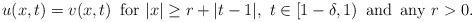
\begin{align*}u(x,t)=v(x,t)\,\,\,{\rm for}\,\, |x|\ge r+|t-1|, \,\,t\in [1-\delta,1)\,\,\, {\rm and \,\,\,any}\,\, r>0.\end{align*}